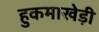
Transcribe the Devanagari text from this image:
हुकमाखेड़ी